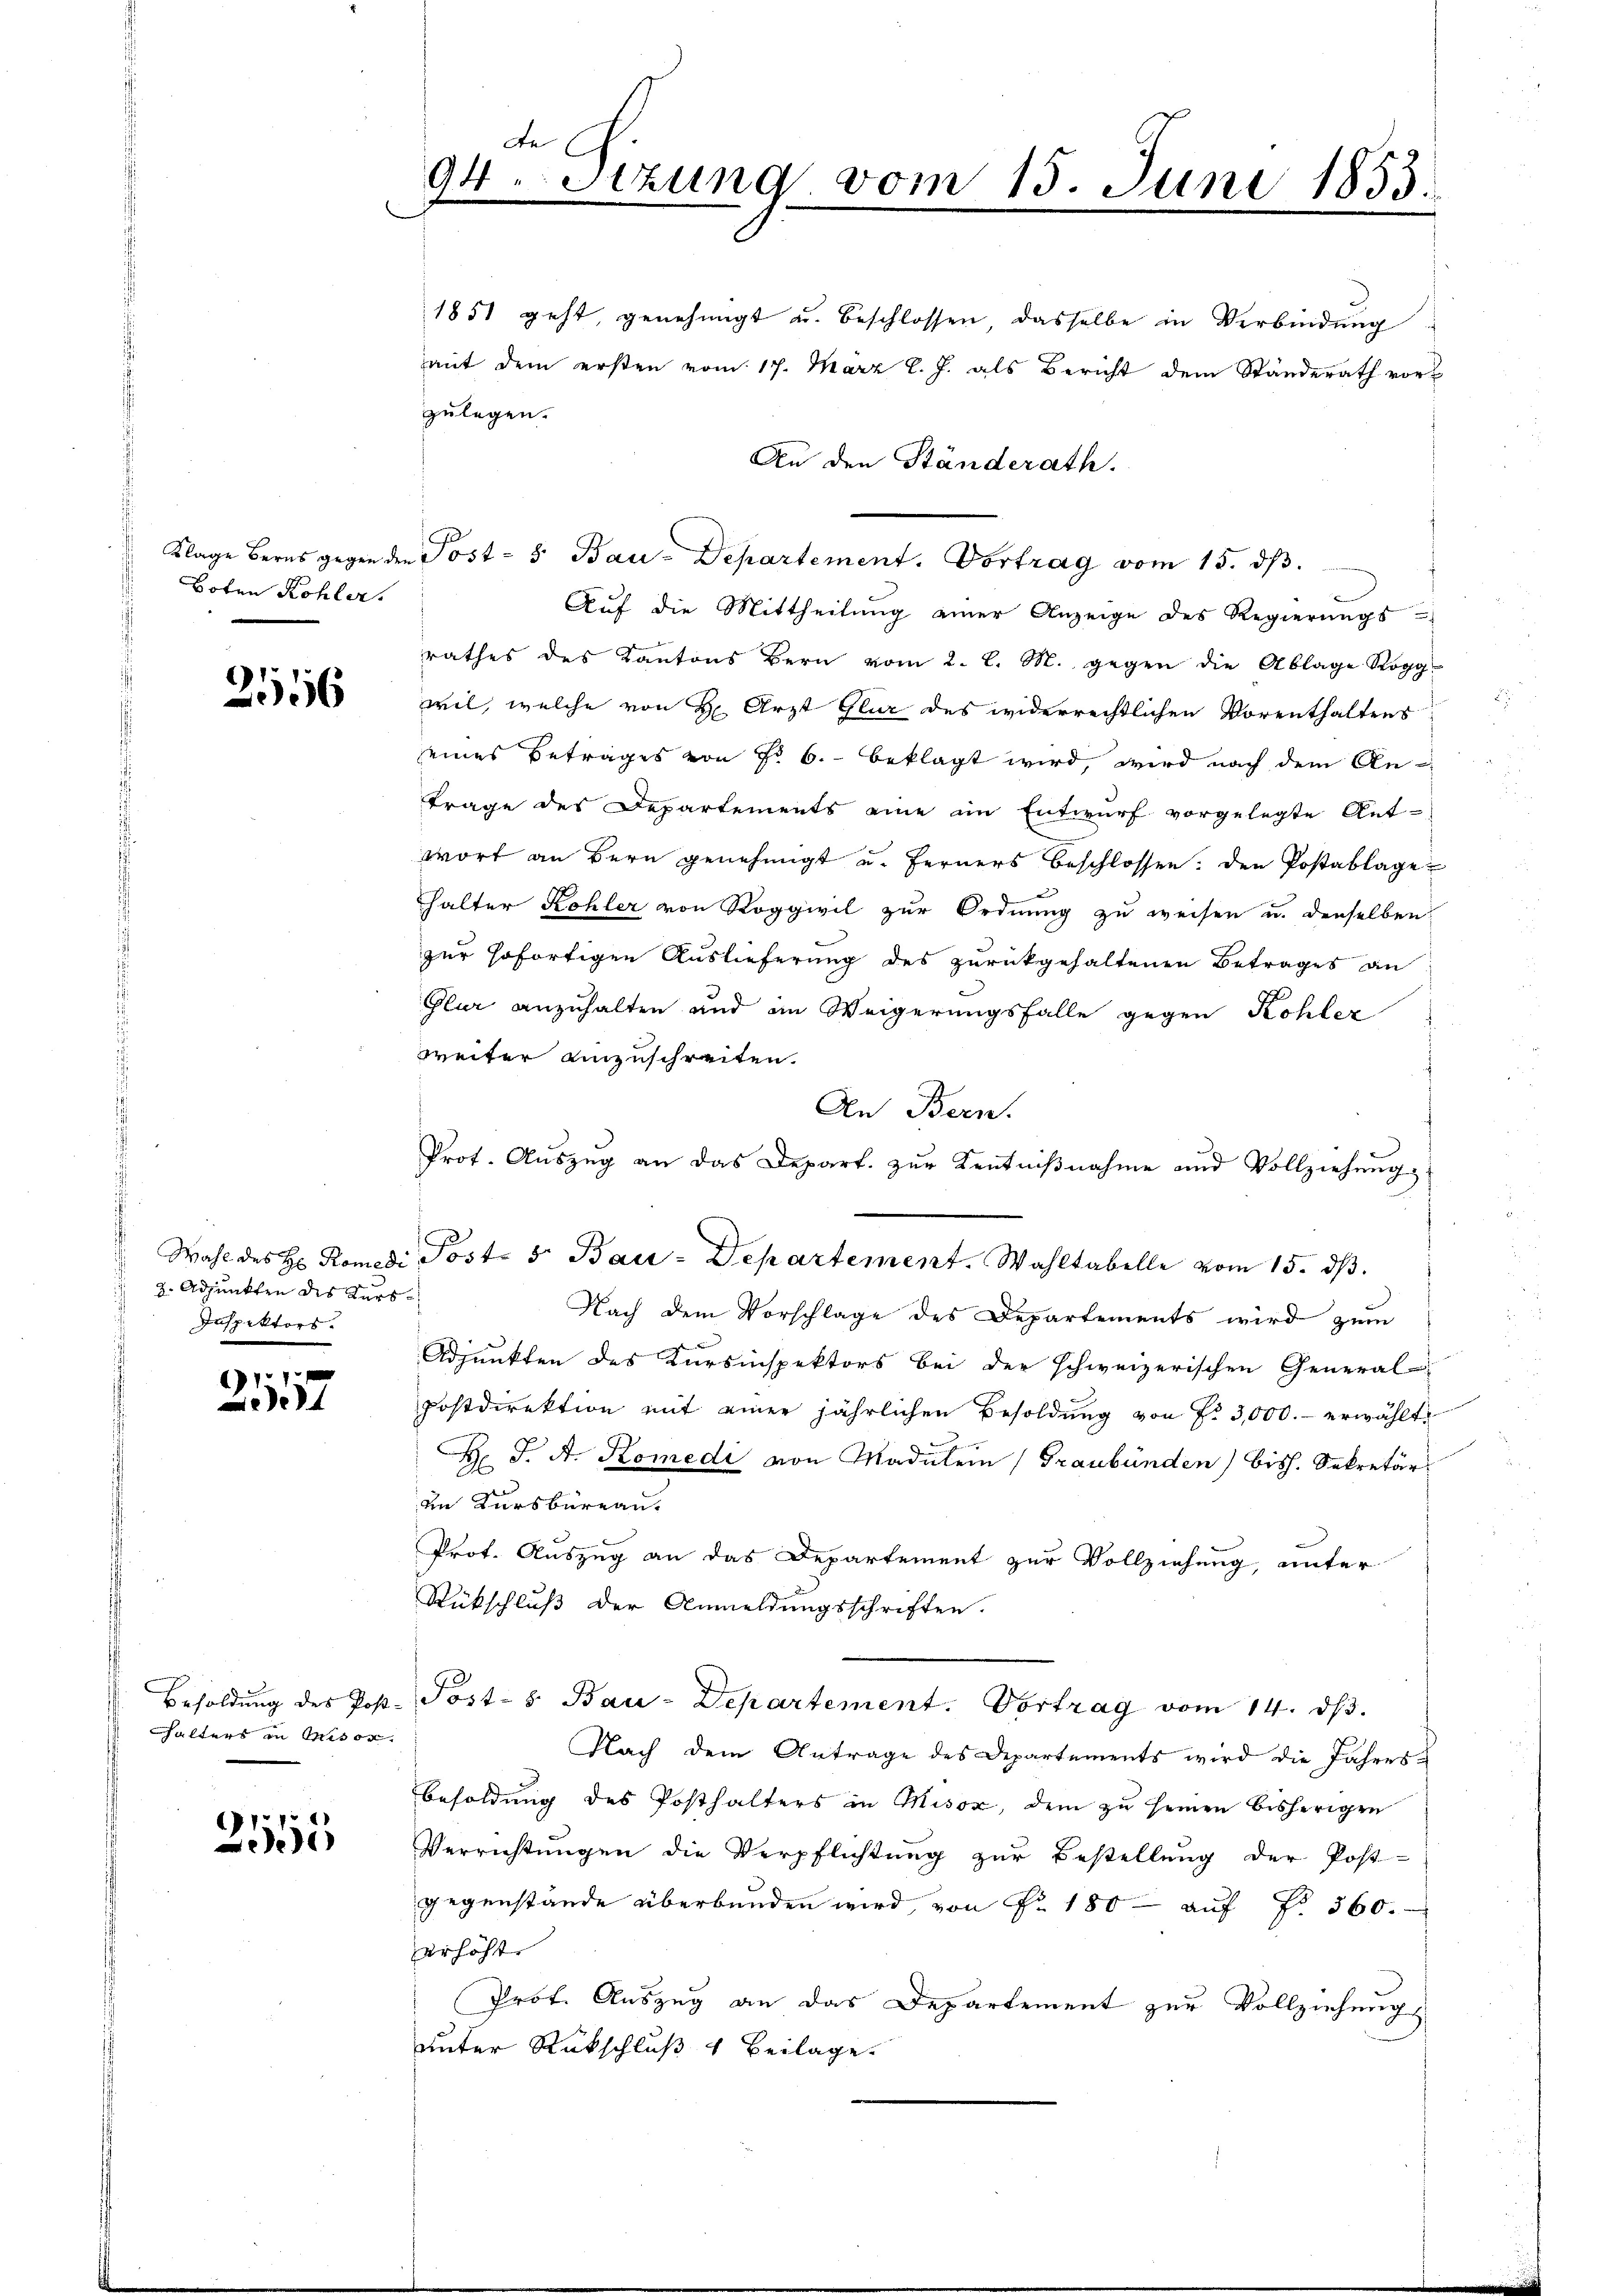
Klage Berns gegen der
Boten Kohler.

2556

2. Adjunkten des Kurs¬
Inspektors.

111
e

Besoldung des Post.
halters in Misor

2515

de (
94.Stzung vom 15. Juni 1853.

1851 geht, genehmigt u. beschlossen, dasselbe in Verbindung
mit dem ersten vom 17. März l. J. als Bericht dem Standerath vor-
zulegen.
An den Ständerath.
Post- & Bau-Departement. Vortrag vom 15. ds.
rathes des Kantons Bern vom 2. l. M. gegen die Ablage Rogg-
wil, welche von H Arzt Glur des widerrechtlichen Vorenthaltens
eines Betrages von Fr. 6. beklagt wird, wird nach dem An-
trage des Departements eine im Entwurf vorgelegte Ant-
wort an Bern genehmigt u. Ferners beschlossen: den Postablage
halter Kohler von Roggwil zur Ordnung zu weisen u. denselben
zur sofortigen Auslieferung des zurückgehaltenen Betrages an
Glur anzuhalten und im Weigerungsfalle gegen Kohler
weiter einzuschreiten.
An Bern.
Prot. Aŭszŭg an das Depart. zŭr Kenntniβnahme und Vollziehung
Wahl des H. Romedi Post- & Bau-Departement. Wahltabelle vom 15. dβ.
Nach dem Vorschlage des Departements wird zum
Adjunkten des Kursinspektors bei der schweizerischen General-
Postdirektion mit einer jährlichen Besoldung von Fr. 3,000.- erwählt
H J. A. Komedi von Madulen (Graubünden) bish. Sekretär
in Kursbureau.
Prot. Auszug an das Departement zur Vollziehung, unter
Rückschluß der Anmeldungsschriften.
Post-S. Bau-Departement. Vortrag vom 14. dβ.
Nach dem Antrage des Departements wird die Jahres-
Besoldung des Posthalters in Misox, dem zu seinen bisherigen
Verrichtŭngen die Verpflichtŭng zŭr Bestellŭng der Post-
gegenstande überbunden wird, von Nr. 180- aŭf Fr. 560.
erhöhte
Prof. Auszug an das Departement zur Vollziehung
unter Rückschluß 4 Beilage.

Auf die Mittheilung einer Anzeige des Regierŭngs-